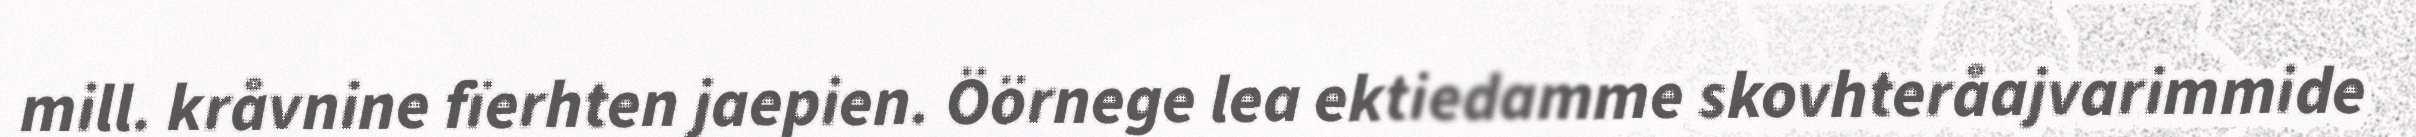
mill. kråvnine fïerhten jaepien. Öörnege lea ektiedamme skovhteråajvarimmide